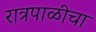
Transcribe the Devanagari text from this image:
रात्रपाळीचा